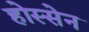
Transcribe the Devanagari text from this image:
होस्सेन